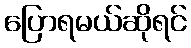
ပြောရမယ်ဆိုရင်